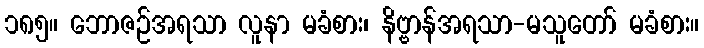
၁၈၅။ ဘောဇဉ်အရသာ လူနာ မခံစား၊ နိဗ္ဗာန်အရသာ-မသူတော် မခံစား။